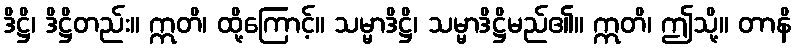
ဒိဋ္ဌိ၊ ဒိဋ္ဌိတည်း။ ဣတိ၊ ထို့ကြောင့်။ သမ္မာဒိဋ္ဌိ၊ သမ္မာဒိဋ္ဌိမည်၏။ ဣတိ၊ ဤသို့။ တာနိ